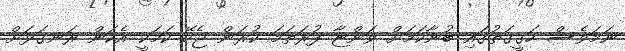
ނަމަވެސް ހަގީގަތުގައި ބުނާކަމަށް ވަންޏާ ފުރަތަމަ ކުރަން ޖެހޭ ކަމަކީ އެކަން ރަނގަޅަށް